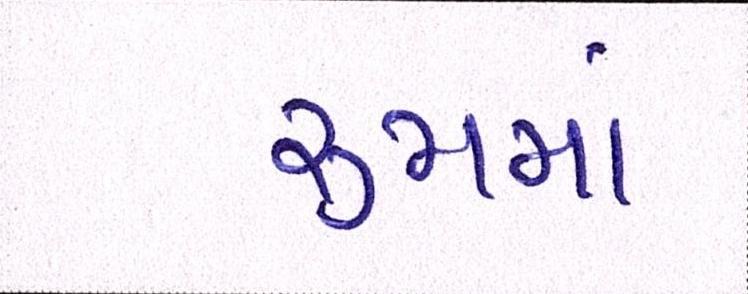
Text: રૃમમાં